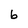
Character: b